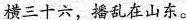
横三十六，播乱在山东。